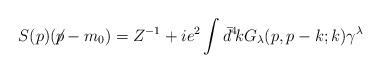
LaTeX: \begin{align*}S(p)(\!\not\!p-m_0) = Z^{-1}+ie^2\int\bar{d}^4\!k G_\lambda(p,p-k;k)\gamma^\lambda\end{align*}